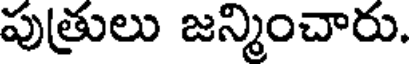
పుత్రులు జన్మించారు.